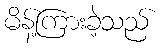
မိန့်ကြားခဲ့သည်